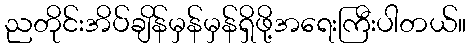
ညတိုင်းအိပ်ချိန်မှန်မှန်ရှိဖို့အရေးကြီးပါတယ်။